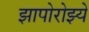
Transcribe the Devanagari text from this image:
झापोरोझ्ये